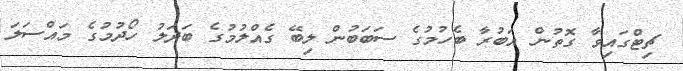
ޗިޓްގައިވާ ގޮތުން އަބުރާ ބެހުމުގެ ސަބަބުން ލިބޭ ގެއްލުމުގެ ބަދަލު ހޯދުމުގެ މައްސަލަ